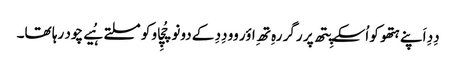
دِدِ اَپنے ہتھو کو اُسکے پِتھ پر رگر رہِ تھِ اؤر وو دِدِ کے دونو چُچِاو کو مسلتے ہُیے چود رہا تھا۔